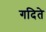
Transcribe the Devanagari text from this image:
गदिते